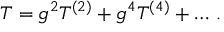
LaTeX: T = g ^ { 2 } T ^ { ( 2 ) } + g ^ { 4 } T ^ { ( 4 ) } + \ldots \, .